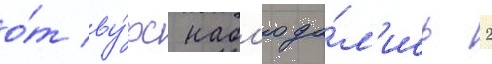
о́т ву́рс набл'юда́л'ись 2